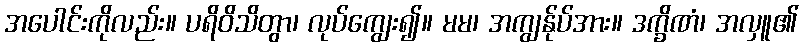
အပေါင်းကိုလည်း။ ပရိဝိသိတွာ၊ လုပ်ကျွေး၍။ မမ၊ အကျွန်ုပ်အား။ ဒက္ခိဏံ၊ အလှူ၏